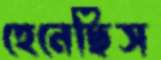
হেনেছিস